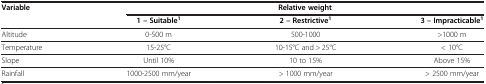
<table><thead><tr><td rowspan="2"><b>Variable</b></td><td colspan="3"><b>Relative weight</b></td></tr><tr><td><b>1 – Suitable<sup>1</sup></b></td><td><b>2 – Restrictive<sup>1</sup></b></td><td><b>3 – Impracticable<sup>1</sup></b></td></tr></thead><tbody><tr><td>Altitude</td><td>0-500 m</td><td>500-1000</td><td>&gt;1000 m</td></tr><tr><td>Temperature</td><td>15-25°C</td><td>10-15°C and &gt; 25°C</td><td>&lt; 10°C</td></tr><tr><td>Slope</td><td>Until 10%</td><td>10 to 15%</td><td>Above 15%</td></tr><tr><td>Rainfall</td><td>1000-2500 mm/year</td><td>&gt; 1000 mm/year</td><td>&gt; 2500 mm/year</td></tr></tbody></table>